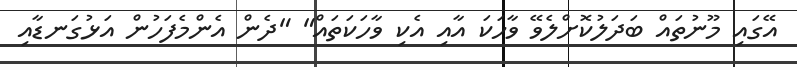
އޭގައި މޫނުތައް ބަދަލުކޮށްލެވޭ ވާހަކަ އާއި އެކި ވާހަކަތައް" "ދެން އެންމެފަހުން އަޅުގަނޑާއި